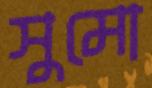
সুমো